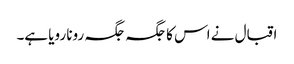
اقبال نے اس کا جگہ جگہ رونا رویا ہے۔